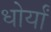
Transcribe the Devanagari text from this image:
धोर्यां